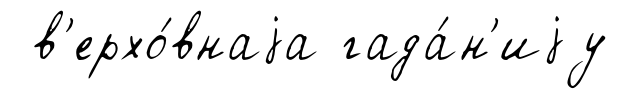
в'ерхо́внаjа гада́н'иjу